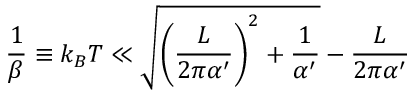
\frac { 1 } { \beta } \equiv k _ { B } T \ll \sqrt { \left( \frac { L } { 2 \pi \alpha ^ { \prime } } \right) ^ { 2 } + \frac { 1 } { \alpha ^ { \prime } } } - \frac { L } { 2 \pi \alpha ^ { \prime } }